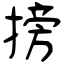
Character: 搒